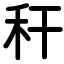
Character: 秆